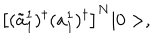
\left[ ( \tilde { a } _ { 1 } ^ { 1 } ) ^ { \dagger } ( a _ { 1 } ^ { 1 } ) ^ { \dagger } \right] ^ { N } | 0 > ,